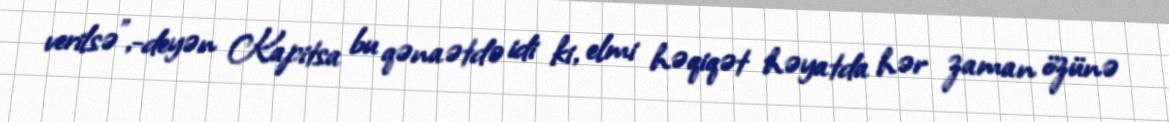
verilsə",-deyən Kapitsa bu qənaətdə idi ki, elmi həqiqət həyatda hər zaman özünə